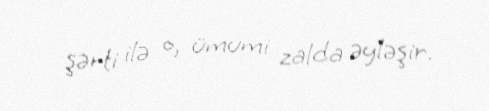
şərti ilə o, ümumi zalda əyləşir.